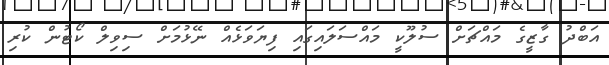
އަބްދު ގާޒީގެ މައްޗަށް ސުލޫކީ މައްސަލައިގައި ފިޔަވަޅެއް ނޭޅުމަށް ސިވިލް ކޯޓުން ކުރި